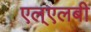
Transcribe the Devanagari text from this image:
एल्‌एलबी